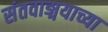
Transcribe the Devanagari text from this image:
संतवाङ्मयाच्या